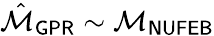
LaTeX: \hat{\mathcal{M}}_{\sf GPR}\sim\mathcal{M}_{\sf NUFEB}